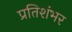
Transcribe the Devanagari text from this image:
प्रतिशंभर